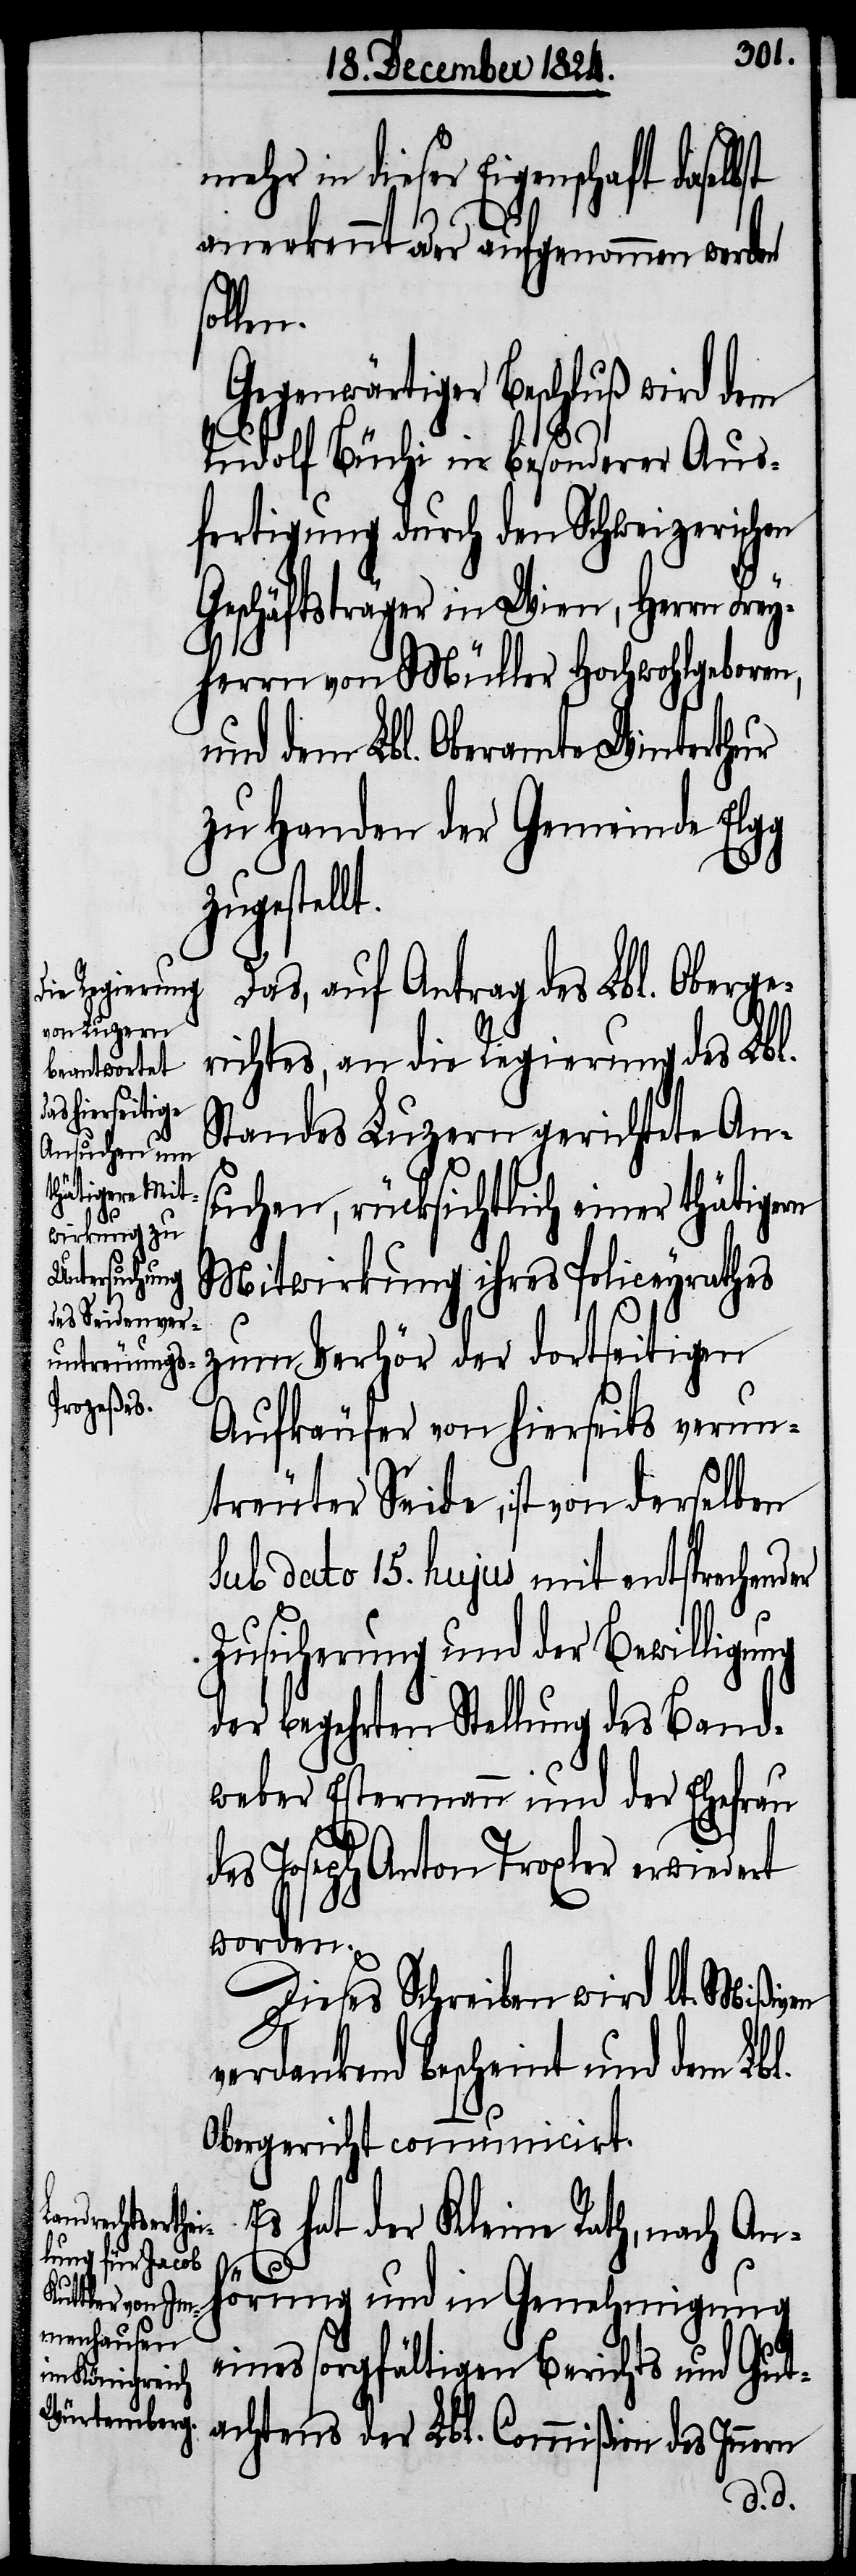
mehr in dieser Eigenschaft daselbst
anerkennt oder aufgenommen werden
Gegen¬
wärtiger Beschluß wird dem
Rudolf Büchi in besonderer Aus¬
fertigung durch den Schweizerischen
Geschäftsträger in Wien, Herrn Frey¬
herrn von Müller Hochwohlgeboren,
und dem Lbl. Oberamte Winterthur
zu Handen der Gemeinde Elgg
zugestellt.
Das, auf Antrag des Lbl. Oberge¬
richtes, an die Regierung des Lbl.
Standes Luzern gerichtete An¬
suchen, rücksichtlich einer thätigern
Mitwirkung ihres Policeyrathes
zum Verhör der dortseitigen
Aufkäufer von hierseits verun¬
treuter Seide, ist von derselben
sub dato 15. hujus mit entsprechender
Zusicherung und der Bewilligung
der begehrten Stellung des Band¬
weber Estermann und der Ehefrau
des Joseph Anton Troxler erwiedert
worden.
Dieses Schreiben wird lt. Mißiven
verdankend bescheint und dem Lbl.
Obergerichte communicirt.
Es hat der Kleine Rath, nach Anh¬
örung und in Genehmigung
eines sorgfältigen Berichts und Gut¬
achtens der Lbl. Commißion des Innern